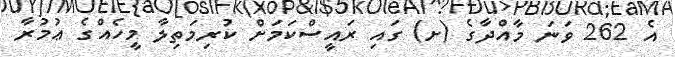
އެ 262 ވަނަ މާއްދާގެ (ށ) ގައި ރައީސްކަމަށް ކުރިމަތިލާ މީހެއްގެ ޢުމުރާ